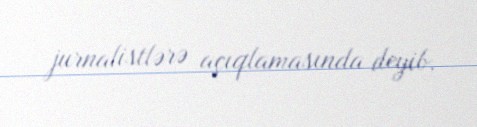
jurnalistlərə açıqlamasında deyib.